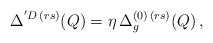
\begin{align*}\Delta^{' D \, (r s)} (Q) = \eta \, \Delta^{(0) \, (r s)}_g (Q) \, , \end{align*}